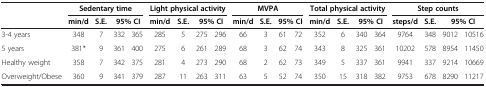
<table><thead><tr><td><b> </b></td><td colspan="4"><b>Sedentary time</b></td><td colspan="4"><b>Light physical activity</b></td><td colspan="4"><b>MVPA</b></td><td colspan="4"><b>Total physical activity</b></td><td colspan="4"><b>Step counts</b></td></tr><tr><td><b> </b></td><td><b>min/d</b></td><td><b>S.E.</b></td><td colspan="2"><b>95% CI</b></td><td><b>min/d</b></td><td><b>S.E.</b></td><td colspan="2"><b>95% CI</b></td><td><b>min/d</b></td><td><b>S.E.</b></td><td colspan="2"><b>95% CI</b></td><td><b>min/d</b></td><td><b>S.E.</b></td><td colspan="2"><b>95% CI</b></td><td><b>steps/d</b></td><td><b>S.E.</b></td><td colspan="2"><b>95% CI</b></td></tr></thead><tbody><tr><td>3-4 years</td><td>348</td><td>7</td><td>332</td><td>365</td><td>285</td><td>5</td><td>275</td><td>296</td><td>66</td><td>3</td><td>61</td><td>72</td><td>352</td><td>6</td><td>340</td><td>364</td><td>9764</td><td>348</td><td>9012</td><td>10516</td></tr><tr><td>5 years</td><td>381*</td><td>9</td><td>361</td><td>400</td><td>275</td><td>6</td><td>261</td><td>289</td><td>68</td><td>3</td><td>62</td><td>74</td><td>343</td><td>8</td><td>325</td><td>361</td><td>10202</td><td>578</td><td>8954</td><td>11450</td></tr><tr><td>Healthy weight</td><td>358</td><td>7</td><td>342</td><td>375</td><td>281</td><td>4</td><td>273</td><td>290</td><td>68</td><td>2</td><td>62</td><td>73</td><td>349</td><td>5</td><td>337</td><td>361</td><td>9941</td><td>337</td><td>9214</td><td>10669</td></tr><tr><td>Overweight/Obese</td><td>360</td><td>9</td><td>341</td><td>379</td><td>287</td><td>11</td><td>263</td><td>311</td><td>63</td><td>5</td><td>52</td><td>74</td><td>350</td><td>15</td><td>318</td><td>382</td><td>9753</td><td>678</td><td>8290</td><td>11217</td></tr></tbody></table>